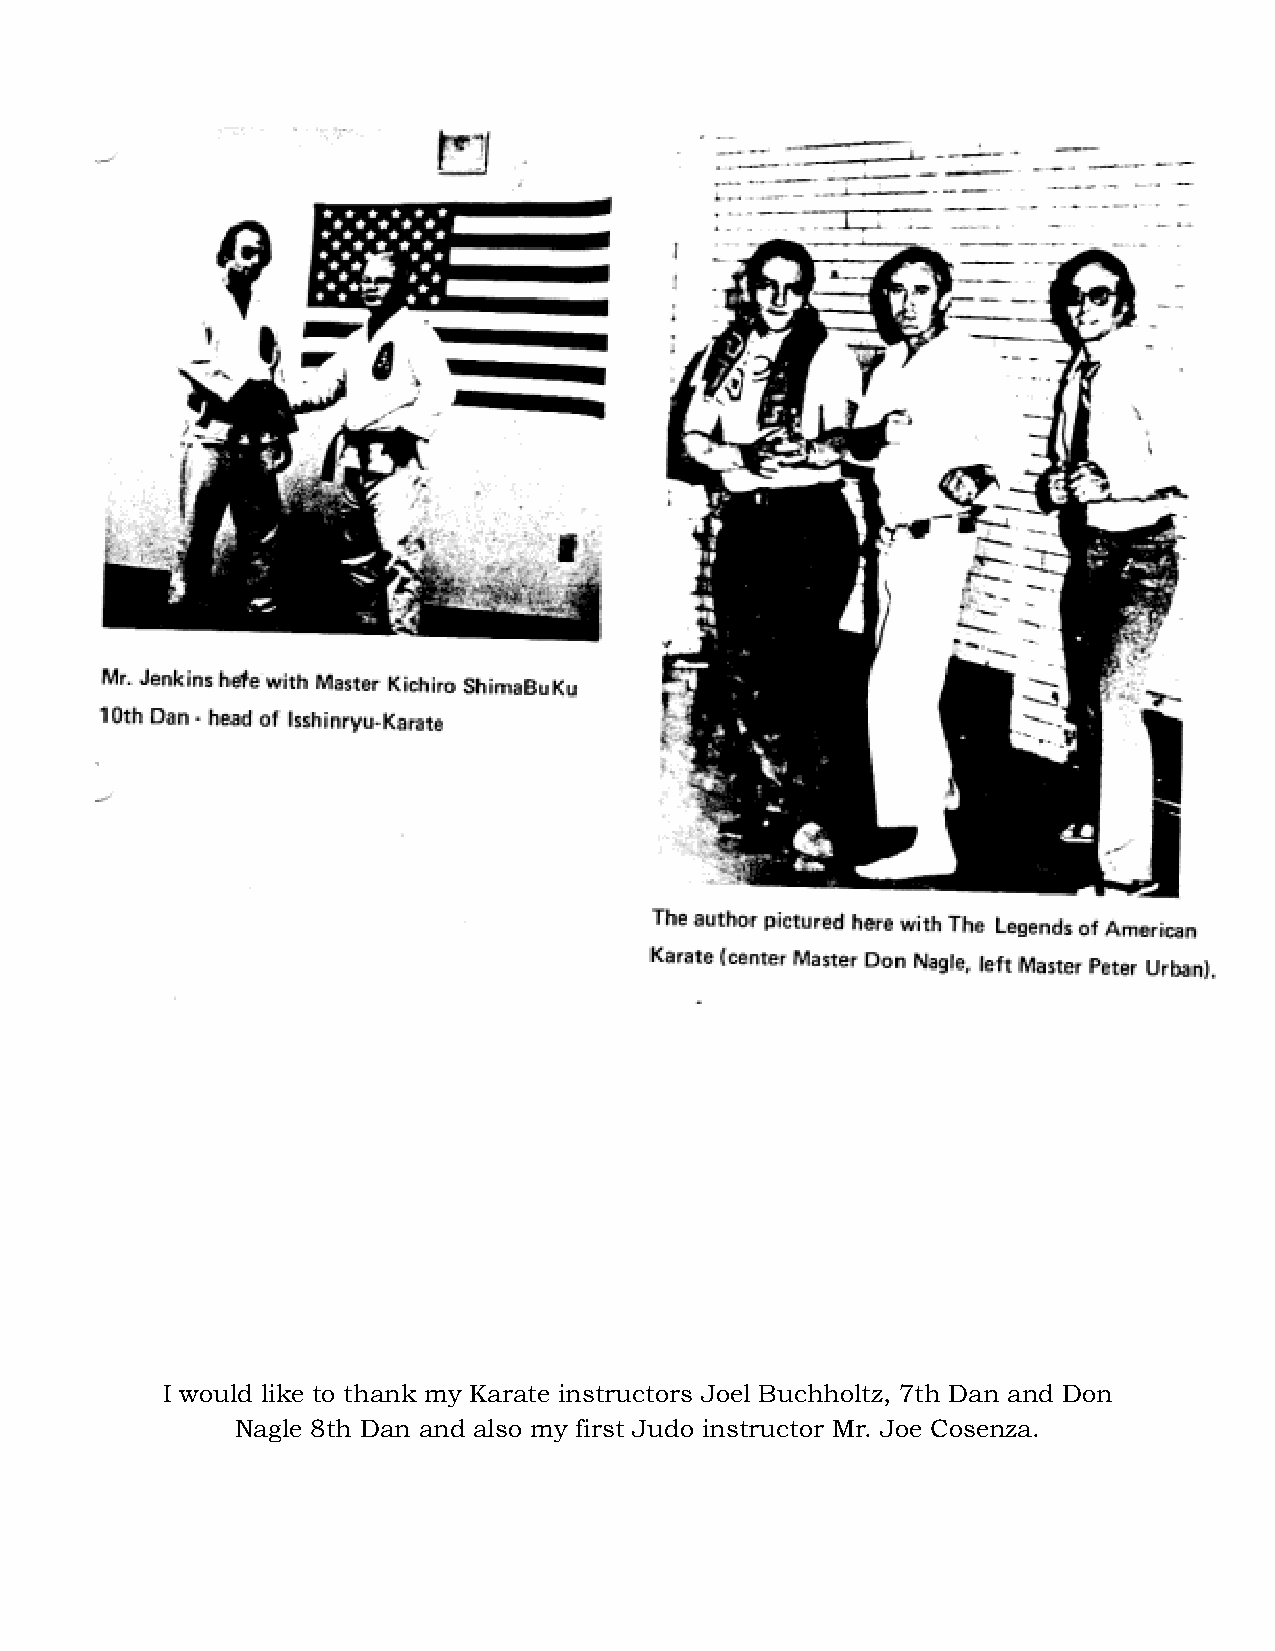
I would like to thank my Karate instructors Joel Buchholtz, 7th Dan and Don
 Nagle 8th Dan and also my first Judo instructor Mr. Joe Cosenza.